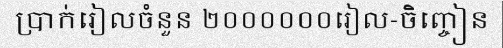
ប្រាក់រៀលចំនួន ២០០០០០០រៀល-ចិញ្ចៀន